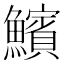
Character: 𩼧